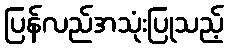
ပြန်လည်အသုံးပြုသည့်